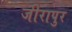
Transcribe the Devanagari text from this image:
जीरापुर